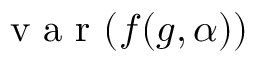
\mathrm { ~ v ~ a ~ r ~ } ( f ( g , \alpha ) )